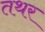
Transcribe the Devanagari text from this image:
तथर